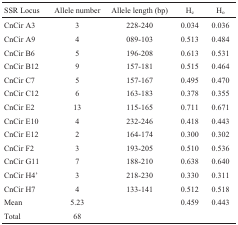
| SSR Locus | Allele number | Allele length (bp) | He | Ho |
 | --- | --- | --- | --- | --- |
 | CnCir A3 | 3 | 228-240 | 0.034 | 0.036 |
 | CnCir A9 | 4 | 089-103 | 0.513 | 0.484 |
 | CnCir B6 | 5 | 196-208 | 0.613 | 0.531 |
 | CnCir B12 | 9 | 157-181 | 0.515 | 0.464 |
 | CnCir C7 | 5 | 157-167 | 0.495 | 0.470 |
 | CnCir C12 | 6 | 163-183 | 0.378 | 0.355 |
 | CnCir E2 | 13 | 115-165 | 0.711 | 0.671 |
 | CnCir E10 | 4 | 232-246 | 0.418 | 0.443 |
 | CnCir E12 | 2 | 164-174 | 0.300 | 0.302 |
 | CnCir F2 | 3 | 193-205 | 0.510 | 0.536 |
 | CnCir G11 | 7 | 188-210 | 0.638 | 0.640 |
 | CnCir H4' | 3 | 218-230 | 0.330 | 0.311 |
 | CnCir H7 | 4 | 133-141 | 0.512 | 0.518 |
 | Mean | 5.23 |  | 0.459 | 0.443 |
 | Total | 68 |  |  |  |